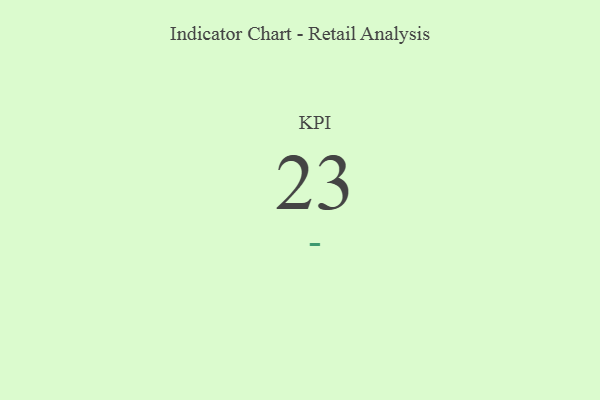
{"axis": {"x": "KPI", "y": "Value"}, "legend": [""], "data": [{"x": "KPI", "y": 23, "type": ""}]}